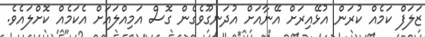
ޒަލަފް ކަމެއް ކުރަން އުޅޭއިރަށް އޭނާއަށް އުދަނގޫވެގެން ގޮސް އަމިއްލައަށް އެކަމެއް ކޮށްލައެވެ.